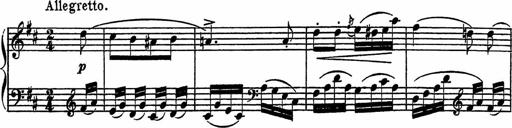
Title: Piano Sonatinas
Composer: Charles Fradel